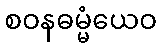
စဝနဓမ္မံယေဝ